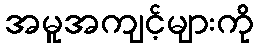
အမူအကျင့်များကို